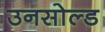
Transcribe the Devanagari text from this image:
उनसोल्ड